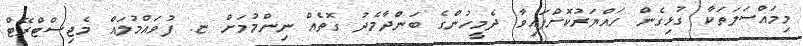
މިމައްސަލަތަކާ ގުޅިގެން ހައްޔަރުކޮށްފައިވާ ދެމީހުންގެ ބަންދާމެދު ގޮތެއް ނިންމުމަށް ޏ. ފުވައްމުލައް މެޖިސްޓްރޭޓް